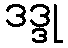
ဒဒ္ဒု